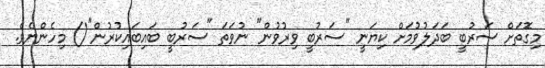
މިގޮތަށް ސަރުބީ ބަދަލުވުމަށް ކިޔަނީ "ސަރުބީ ވިރުވުން" ނުވަތަ "ސަރުބީ ބައިބައިކުރުން"() މިހެންނެވެ.